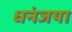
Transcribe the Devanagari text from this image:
धनंजया